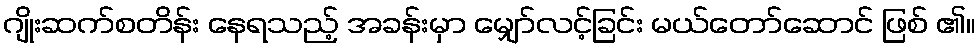
ဂျိုးဆက်စတိန်း နေရသည့် အခန်းမှာ မျှော်လင့်ခြင်း မယ်တော်ဆောင် ဖြစ် ၏။